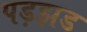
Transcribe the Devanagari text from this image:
पड़झड